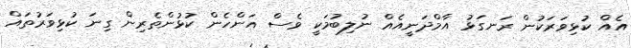
އެއް ކުޅިވަރަކުން ރަނގަޅު އާމްދަނީއެއް ނުލިބުމަކީ ވެސް އަންހެން ކުޅުންތެރިން ގިނަ ކުޅިވަރުތައް